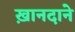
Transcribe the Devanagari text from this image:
ख़ानदाने